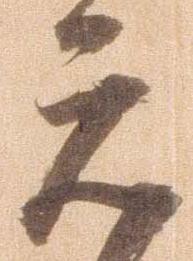
元